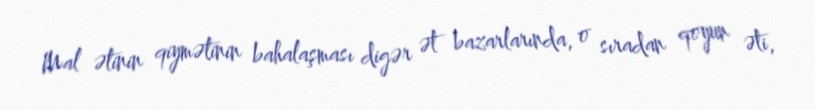
Mal ətinin qiymətinin bahalaşması digər ət bazarlarında, o sıradan qoyun əti,